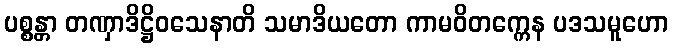
ပစ္စန္တာ တဏှာဒိဋ္ဌိဝသေနာတိ သမာဒိယတော ကာမဝိတက္ကေန ပဒသမူဟော